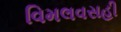
વિમલવસહી